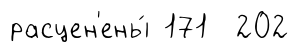
расцен'ены́ 171 202